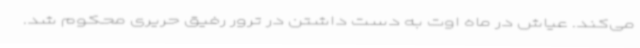
می‌کند. عیاش در ماه اوت به دست داشتن در ترور رفیق حریری محکوم شد.